Punjab Mental Hospital Lahore 1932-46 - 1932-1946
Year: 1932
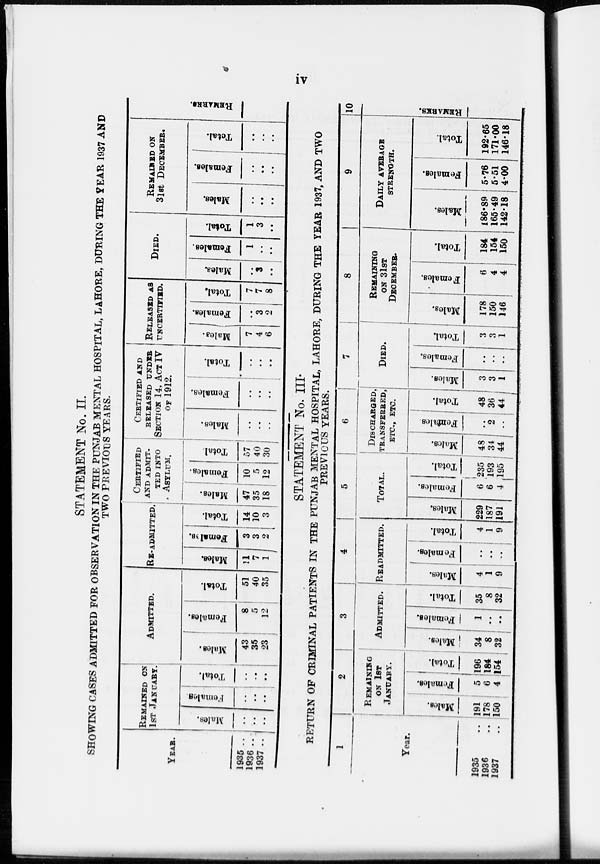
iv
STATEMENT No. II.
SHOWING CASES ADMITTED FOR OBSERVATION IN THE PUNJAB MENTAL HOSPITAL, LAHORE, DURING THE YEAR 1937 AND
TWO PREVIOUS YEARS.
YEAR.
1935 ..
1936 ..
1937
..
REMAINED ON
1st JANUARY.
Males.
..
..
..
Females.
..
..
..
Total.
..
..
..
ADMITTED.
Males.
43
35
23
Females.
8
5
12
Total.
51
40
35
RE-ADMITTED.
Males.
11
7
1
Females.
3
3
2
Total.
14
10
3
CERTIFIED
AND ADMIT
TED INTO
ASYLUM.
Mal es .
47
35
18
Femal es .
10
5
12
Total.
57
40
30
CERTIFIED AND
RELEASED UNDER
SECTION 14, ACT IV
OF 1912.
Males.
..
.. ..
Females.
..
..
..
Total.
..
..
..
RELEASED AS
UNCERTIFIED.
Males.
7
4
6
Females.
..
3
2
Total.
7
7
8
DIED.
Males.
..
3
..
Females.
1
..
..
Total.
1
3
..
REMAINED ON
31ST DECEMBER.
Males.
..
..
..
Females.
..
..
..
Total.
..
..
..
REMARKS.
STATEMENT No. III.
RETURN OF CRIMINAL PATIENTS IN THE PUNJAB MENTAL HOSPITAL, LAHORE, DURING THE YEAR 1937, AND TWO
PREVIOUS YEARS.
1
Year.
1935 ..
1936
..
1937 ..
2
REMAINING
ON 1ST
JANUARY.
Males.
191
178
150
Females.
5
6
4
Total.
196
184
154
3
ADMITTED.
Males.
34
8
32
Females.
1
..
..
Total.
35
8
32
4
READMITTED.
Males.
4
1
9
Females.
..
..
..
Total.
4
1
9
5
TOTAL.
Males.
229
187
191
Females.
6
6
4
Total.
235
193
195
6
DISCHARGED,
TRANSFERRED,
ETC., ETC.
Males.
48
34
44
Females.
..
2
..
Total.
48
36
44
7
DIED.
Males.
3
3
1
Females.
..
..
..
Total.
3
3
1
8
REMAINING
ON 31ST
DECEMBER.
Males.
178
150
146
Females.
6
4
4
Total.
184
154
150
9
DAILY AVERAGE
STRENGTH.
Males.
186.89
165.49
142.18
Females.
5.76
5.51
4.00
Total.
192.65
171.00
146.18
10
REMARKS.